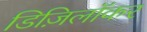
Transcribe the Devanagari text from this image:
डिज़िलॉकर